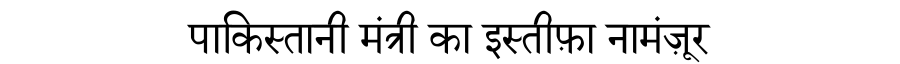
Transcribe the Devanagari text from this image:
पाकिस्तानी मंत्री का इस्तीफ़ा नामंज़ूर